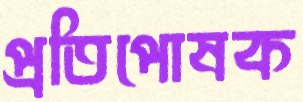
প্রতিপোষক